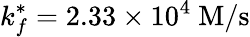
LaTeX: k_{f}^{*}=2.33\times 10^{4}~\mathrm{M/s}